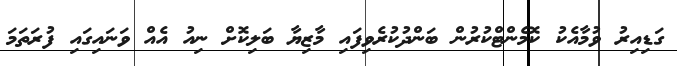
ގަޑިއިރު ވުމާއެކު ކޮމެންޓްކުރުން ބަންދުކުރެވިފައި މާޒިޔާ ބަލިކޮށް ނިއު އެއް ވަނައިގައި ފުރަތަމަ